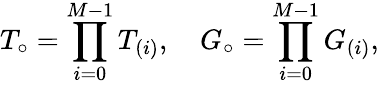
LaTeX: T_{\circ}=\prod_{i=0}^{M-1}T_{(i)},\quad G_{\circ}=\prod_{i=0}^{M-1}G_{(i)},